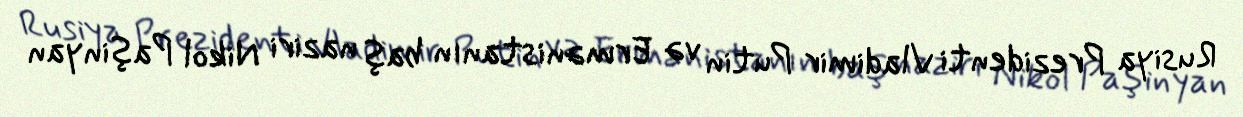
Rusiya Prezidenti Vladimir Putin və Ermənistanın baş naziri Nikol Paşinyan